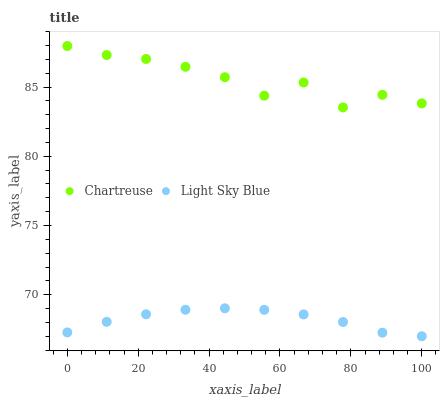
| xaxis_label | Chartreuse | Light Sky Blue |
 | --- | --- | --- |
 | 0 | 88 | 67.3 |
 | 11.1 | 87.3 | 68 |
 | 22.2 | 87 | 68.6 |
 | 33.3 | 86.5 | 68.9 |
 | 44.4 | 85.7 | 69 |
 | 55.6 | 84.4 | 68.9 |
 | 66.7 | 85.3 | 68.6 |
 | 77.8 | 83.5 | 68 |
 | 88.9 | 84.4 | 67.3 |
 | 100 | 83.8 | 67 |